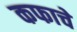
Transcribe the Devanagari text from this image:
कफाचे